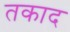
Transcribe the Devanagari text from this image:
तकाद